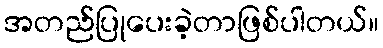
အတည်ပြုပေးခဲ့တာဖြစ်ပါတယ်။